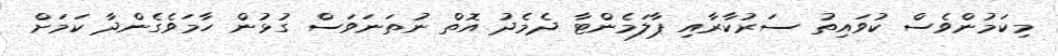
މިކަމުންވެސް ކުވައިތު ސަރުކާރާއި ޕާލަމެންޓާ ދެމެދު އޮތް ނުތަނަވަސް ގުޅުން ހާމަވެގެންދާ ކަމަށް